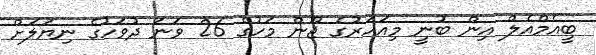
ބީއެމްއެލް އިން ބުނީ މިއަހަރުގެ ޖޫން މަހުގެ 26 ވަނަ ދުވަހުގެ ނިޔަލަށް